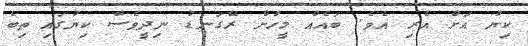
ކިޔު އަށް އެރި އެވެ. ބައެއް މީހުން ރޭގަނޑު ނިދީވެސް ކިޔުގައި ތިބެ